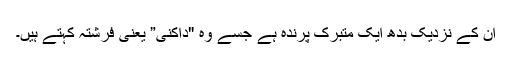
ان کے نزدیک بدھ ایک متبرک پرندہ ہے جسے وہ "داکنی” یعنی فرشتہ کہتے ہیں۔